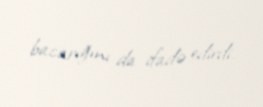
bacarığını da ifadə edirdi.